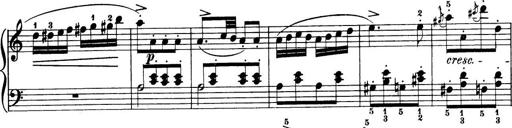
Title: 32 Sonatinas and Rondos for the Piano
Composer: Richard Kleinmichel